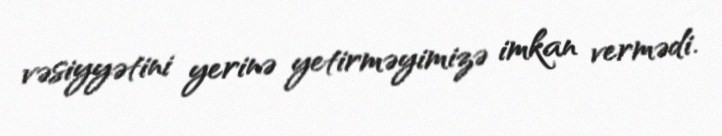
vəsiyyətini yerinə yetirməyimizə imkan vermədi.